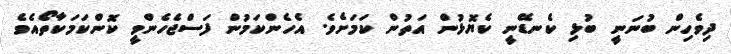
ދިވެހިން ބުނަނީ ބުޅި ކެނޑޭނީ ކެޔޮޅުން އަތުން ކަމަށެވެ. އެހެންކަމުން ފަސްޖެހެންވީ ކޮންކަމަކާތޯއެވެ